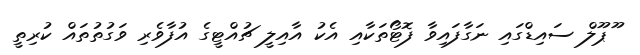
ޫޕޫލް ސައިޑްގައި ނަގާފައިވާ ފޮޓޯތަކާއި އެކު އާއިލީ ޗުއްޓީގެ އުފާވެރި ވަގުތުތައް ކުރިތީ